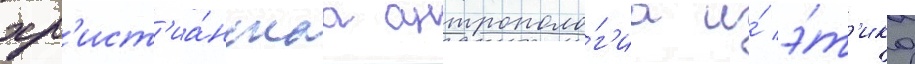
хр'ист'иа́нскаа антрополо́г'иа и́ э́т'ика